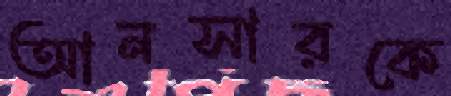
আনসারকে